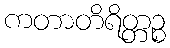
ကတာတိရိတ္တဉ္စ